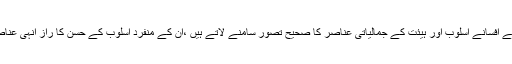
سلطان جمیل نسیم کے افسانے اسلوب اور ہیئت کے جمالیاتی عناصر کا صحیح تصور سامنے لاتے ہیں ،ان کے منفرد اسلوب کے حسن کا راز انہی عناصر میں مضمر ہے۔